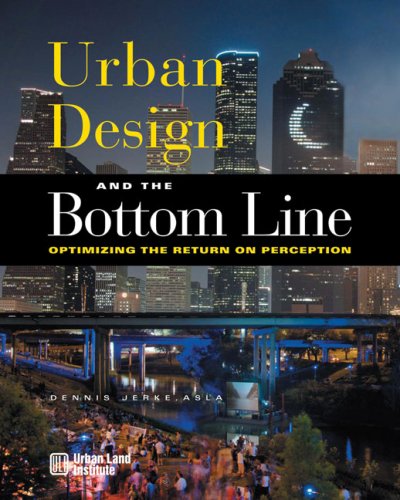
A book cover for Urban Design and the Bottom Line: Optimizing the Return on Perception; Dennis Jerke ASLA; Law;